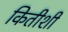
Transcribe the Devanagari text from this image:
कितीशी